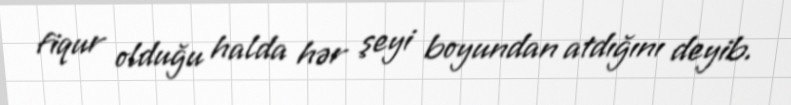
fiqur olduğu halda hər şeyi boyundan atdığını deyib.